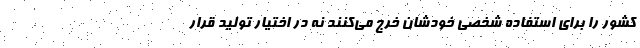
کشور را برای استفاده شخصی خودشان خرج می‌کنند نه در اختیار تولید قرار